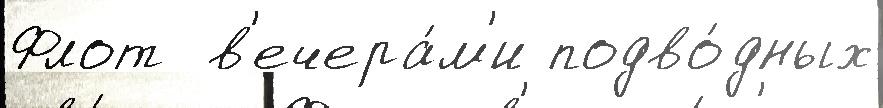
Флот  в'ечера́м'и подво́дных